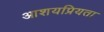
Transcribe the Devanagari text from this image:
आशयप्रियता